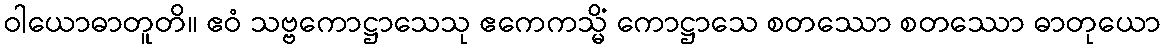
ဝါယောဓာတူတိ။ ဧဝံ သဗ္ဗကောဋ္ဌာသေသု ဧကေကသ္မိံ ကောဋ္ဌာသေ စတဿော စတဿော ဓာတုယော